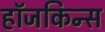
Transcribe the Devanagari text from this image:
हॉजकिन्स